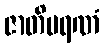
ဇာတိမရဏံ